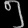
Digit: ၅